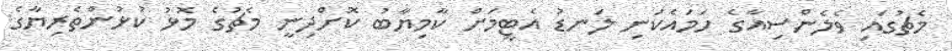
މެޗުގައި ވެލެންސިއާގެ ހަމައެކަނި ލަނޑު އެޓީމަށް ކާމިޔާބު ކޮށްދިނީ މެޗުގެ މޮޅު ކުޅުންތެރިޔާގެ